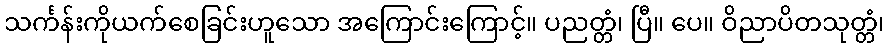
သင်္ကန်းကိုယက်စေခြင်းဟူသော အကြောင်းကြောင့်။ ပညတ္တံ၊ ပြီ။ ပေ။ ဝိညာပိတသုတ္တံ၊